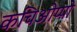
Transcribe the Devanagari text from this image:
कचिओप्पो